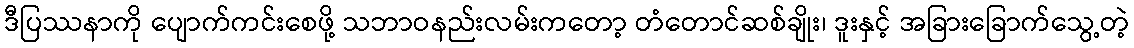
ဒီပြဿနာကို ပျောက်ကင်းစေဖို့ သဘာဝနည်းလမ်းကတော့ တံတောင်ဆစ်ချိုး၊ ဒူးနှင့် အခြားခြောက်သွေ့တဲ့